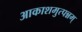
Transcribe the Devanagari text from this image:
आकाशमुत्पन्नम्‌